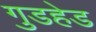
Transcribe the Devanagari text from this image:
गुडहेड